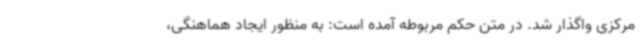
مرکزی واگذار شد. در متن حکم مربوطه آمده است: به منظور ایجاد هماهنگی،